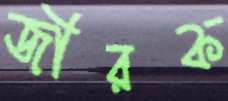
জীরক